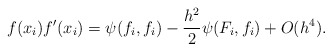
\begin{align*} f(x_i)f'(x_i)=\psi(f_i,f_i)-\frac{h^2}{2}\psi(F_i,f_i)+O(h^4). \end{align*}